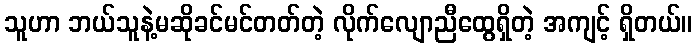
သူဟာ ဘယ်သူနဲ့မဆိုခင်မင်တတ်တဲ့ လိုက်လျောညီထွေရှိတဲ့ အကျင့် ရှိတယ်။